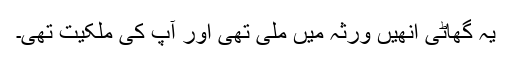
یہ گھاٹی انھیں ورثہ میں ملی تھی اور آپ کی ملکیت تھی۔